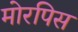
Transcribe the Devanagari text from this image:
मोरपिस